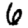
Digit: 6